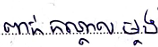
ពាក់កណ្តាលម្ដង